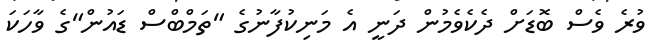
ވުރެ ވެސް ބޮޑަށް ދެކެވެމުން ދަނީ އެ މަނިކުފާނުގެ "ތަމްބްސް ޑައުން"ގެ ވާހަކަ